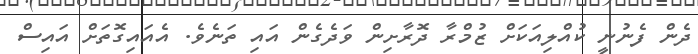
ދެން ފެނުނީ ކުއްލިއަކަށް ޒުމްރާ ދޮރާށިން ވަދެގެން އައި ތަނެވެ. އެއައިގޮތަށް އައިސް